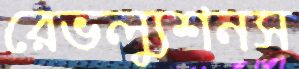
রেভল্যুশনস